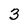
Character: 3